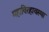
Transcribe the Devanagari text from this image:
महाविरहावस्था